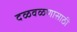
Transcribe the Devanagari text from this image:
दळवळणासाठी